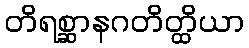
တိရစ္ဆာနဂတိတ္ထိယာ